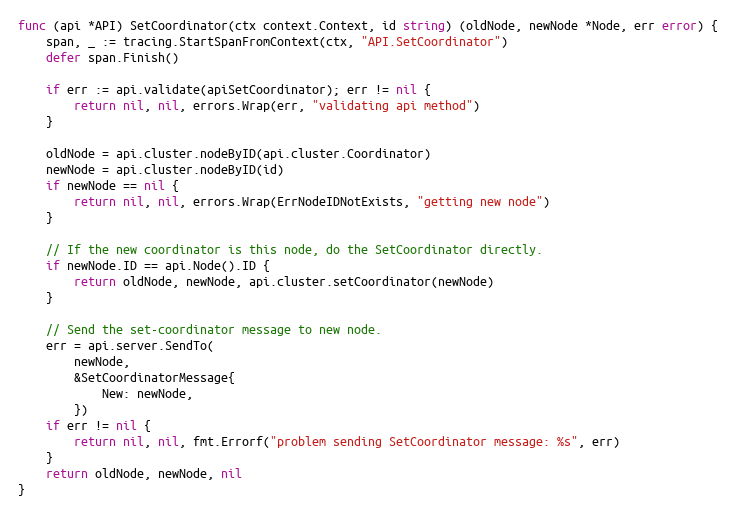
Language: Go
func (api *API) SetCoordinator(ctx context.Context, id string) (oldNode, newNode *Node, err error) {
	span, _ := tracing.StartSpanFromContext(ctx, "API.SetCoordinator")
	defer span.Finish()

	if err := api.validate(apiSetCoordinator); err != nil {
		return nil, nil, errors.Wrap(err, "validating api method")
	}

	oldNode = api.cluster.nodeByID(api.cluster.Coordinator)
	newNode = api.cluster.nodeByID(id)
	if newNode == nil {
		return nil, nil, errors.Wrap(ErrNodeIDNotExists, "getting new node")
	}

	// If the new coordinator is this node, do the SetCoordinator directly.
	if newNode.ID == api.Node().ID {
		return oldNode, newNode, api.cluster.setCoordinator(newNode)
	}

	// Send the set-coordinator message to new node.
	err = api.server.SendTo(
		newNode,
		&SetCoordinatorMessage{
			New: newNode,
		})
	if err != nil {
		return nil, nil, fmt.Errorf("problem sending SetCoordinator message: %s", err)
	}
	return oldNode, newNode, nil
}